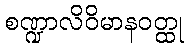
စဏ္ဍာလိဝိမာနဝတ္ထု